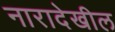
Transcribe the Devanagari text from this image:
नारादेखील